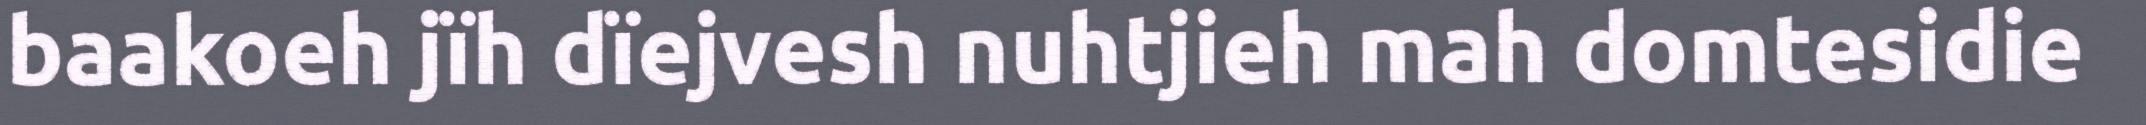
baakoeh jïh dïejvesh nuhtjieh mah domtesidie